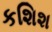
કશિશ